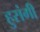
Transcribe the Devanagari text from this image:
हुसंगी